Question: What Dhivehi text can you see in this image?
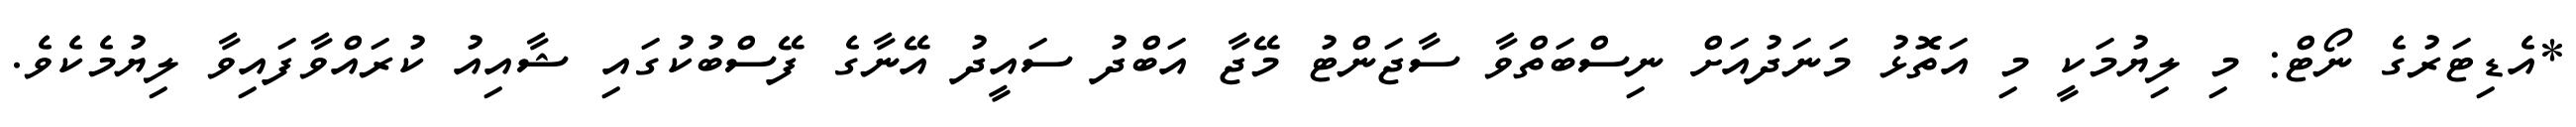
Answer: *އެޑިޓަރުގެ ނޯޓް: މި ލިޔުމަކީ މި އަތޮޅު މަނަދުއަށް ނިސްބަތްވާ ސާޖަންޓު މޭޖާ އަބްދު ސައީދު އޭނާގެ ފޭސްބުކުގައި ޝާއިއު ކުރައްވާފައިވާ ލިޔުމެކެވެ.